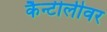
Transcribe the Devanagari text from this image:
कैन्टीलीवर